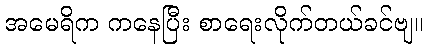
အမေရိက ကနေပြီး စာရေးလိုက်တယ်ခင်ဗျ။